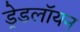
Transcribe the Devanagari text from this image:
ड्रेडलॉयन